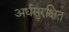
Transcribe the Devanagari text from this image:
अर्धसुरक्षित